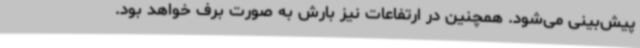
پیش‌بینی می‌شود. همچنین در ارتفاعات نیز بارش به صورت برف خواهد بود.